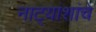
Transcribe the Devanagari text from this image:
नाट्यांशांचे